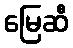
မြေဆီ